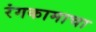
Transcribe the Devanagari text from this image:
रंगकामाचा